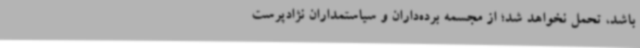
باشد، تحمل نخواهد شد؛ از مجسمه‌ برده‌داران و سیاستمداران نژادپرست